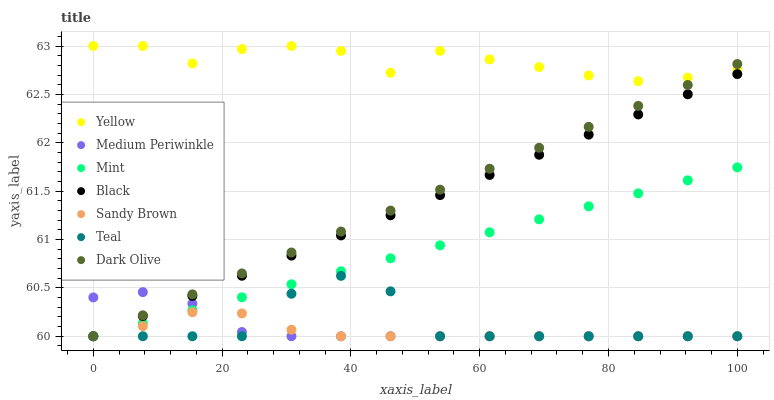
| xaxis_label | Yellow | Medium Periwinkle | Mint | Black | Sandy Brown | Teal | Dark Olive |
 | --- | --- | --- | --- | --- | --- | --- | --- |
 | 0 | 63 | 60.4 | 60 | 60 | 60 | 60 | 60 |
 | 7.69 | 63 | 60.5 | 60.1 | 60.2 | 60.1 | 60 | 60.2 |
 | 15.4 | 62.8 | 60.3 | 60.3 | 60.4 | 60.2 | 60 | 60.4 |
 | 23.1 | 63 | 60 | 60.4 | 60.6 | 60.2 | 60 | 60.6 |
 | 30.8 | 63 | 60 | 60.5 | 60.8 | 60.1 | 60.4 | 60.9 |
 | 38.5 | 62.9 | 60 | 60.7 | 61 | 60 | 60.6 | 61.1 |
 | 46.2 | 62.7 | 60 | 60.8 | 61.3 | 60 | 60.5 | 61.3 |
 | 53.8 | 62.9 | 60 | 60.9 | 61.5 | 60 | 60 | 61.5 |
 | 61.5 | 62.9 | 60 | 61.1 | 61.7 | 60 | 60 | 61.7 |
 | 69.2 | 62.8 | 60 | 61.2 | 61.9 | 60 | 60 | 61.9 |
 | 76.9 | 62.7 | 60 | 61.3 | 62.1 | 60 | 60 | 62.2 |
 | 84.6 | 62.6 | 60 | 61.5 | 62.3 | 60 | 60 | 62.4 |
 | 92.3 | 62.7 | 60 | 61.6 | 62.5 | 60 | 60 | 62.6 |
 | 100 | 62.8 | 60 | 61.7 | 62.7 | 60 | 60 | 62.8 |